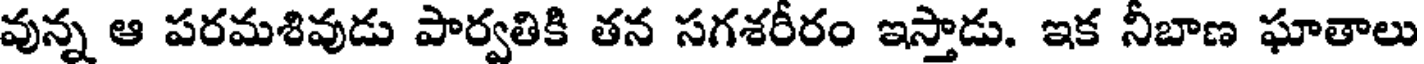
వున్న ఆ పరమశివుడు పార్వతికి తన సగశరీరం ఇస్తాడు. ఇక నీబాణ ఘాతాలు